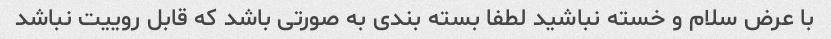
با عرض سلام و خسته نباشید لطفا بسته بندی به صورتی باشد که قابل روییت نباشد